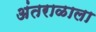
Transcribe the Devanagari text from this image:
अंतराळाला